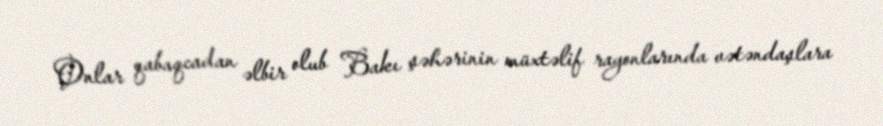
Onlar qabaqcadan əlbir olub Bakı şəhərinin müxtəlif rayonlarında vətəndaşlara